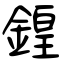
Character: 鍠